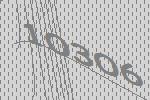
10306